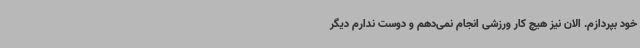
خود بپردازم. الان نیز هیچ کار ورزشی انجام نمی‌دهم و دوست ندارم دیگر